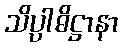
သိပ္ပါဓိဋ္ဌာနာ